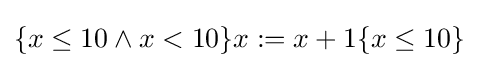
\{x\leq 10\wedge x<10\}x:=x+1\{x\leq 10\}